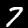
Digit: 7